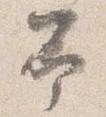
予